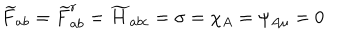
LaTeX: \widetilde { F } _ { a b } = \widetilde { F } _ { a b } ^ { r } = \widetilde { H } _ { a b c } = \sigma = \chi _ { A } = \psi _ { A \mu } = 0